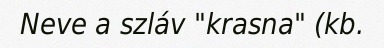
Neve a szláv "krasna" (kb.